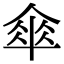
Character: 傘